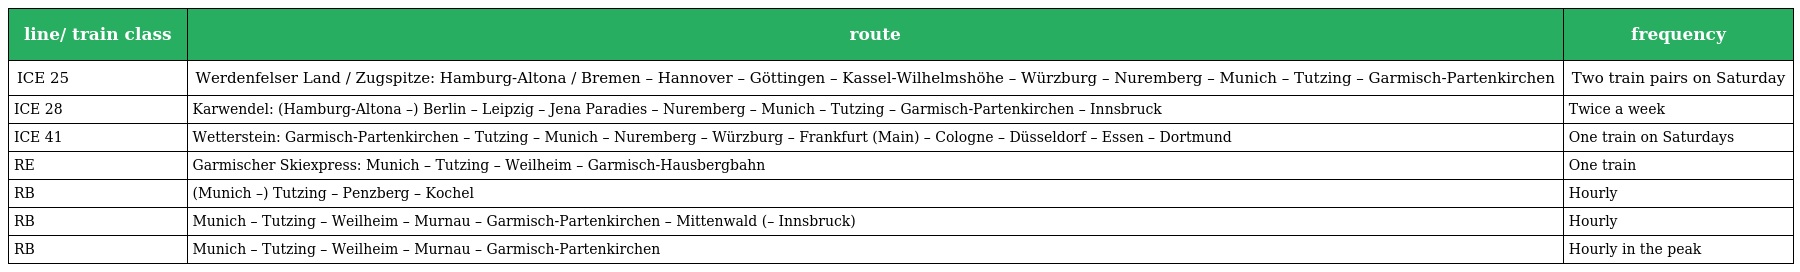
| line/ train class | route | frequency |
 | --- | --- | --- |
 | ICE 25 | Werdenfelser Land / Zugspitze: Hamburg-Altona / Bremen – Hannover – Göttingen – Kassel-Wilhelmshöhe – Würzburg – Nuremberg – Munich – Tutzing – Garmisch-Partenkirchen | Two train pairs on Saturday |
 | ICE 28 | Karwendel: (Hamburg-Altona –) Berlin – Leipzig – Jena Paradies – Nuremberg – Munich – Tutzing – Garmisch-Partenkirchen – Innsbruck | Twice a week |
 | ICE 41 | Wetterstein: Garmisch-Partenkirchen – Tutzing – Munich – Nuremberg – Würzburg – Frankfurt (Main) – Cologne – Düsseldorf – Essen – Dortmund | One train on Saturdays |
 | RE | Garmischer Skiexpress: Munich – Tutzing – Weilheim – Garmisch-Hausbergbahn | One train |
 | RB | (Munich –) Tutzing – Penzberg – Kochel | Hourly |
 | RB | Munich – Tutzing – Weilheim – Murnau – Garmisch-Partenkirchen – Mittenwald (– Innsbruck) | Hourly |
 | RB | Munich – Tutzing – Weilheim – Murnau – Garmisch-Partenkirchen | Hourly in the peak |